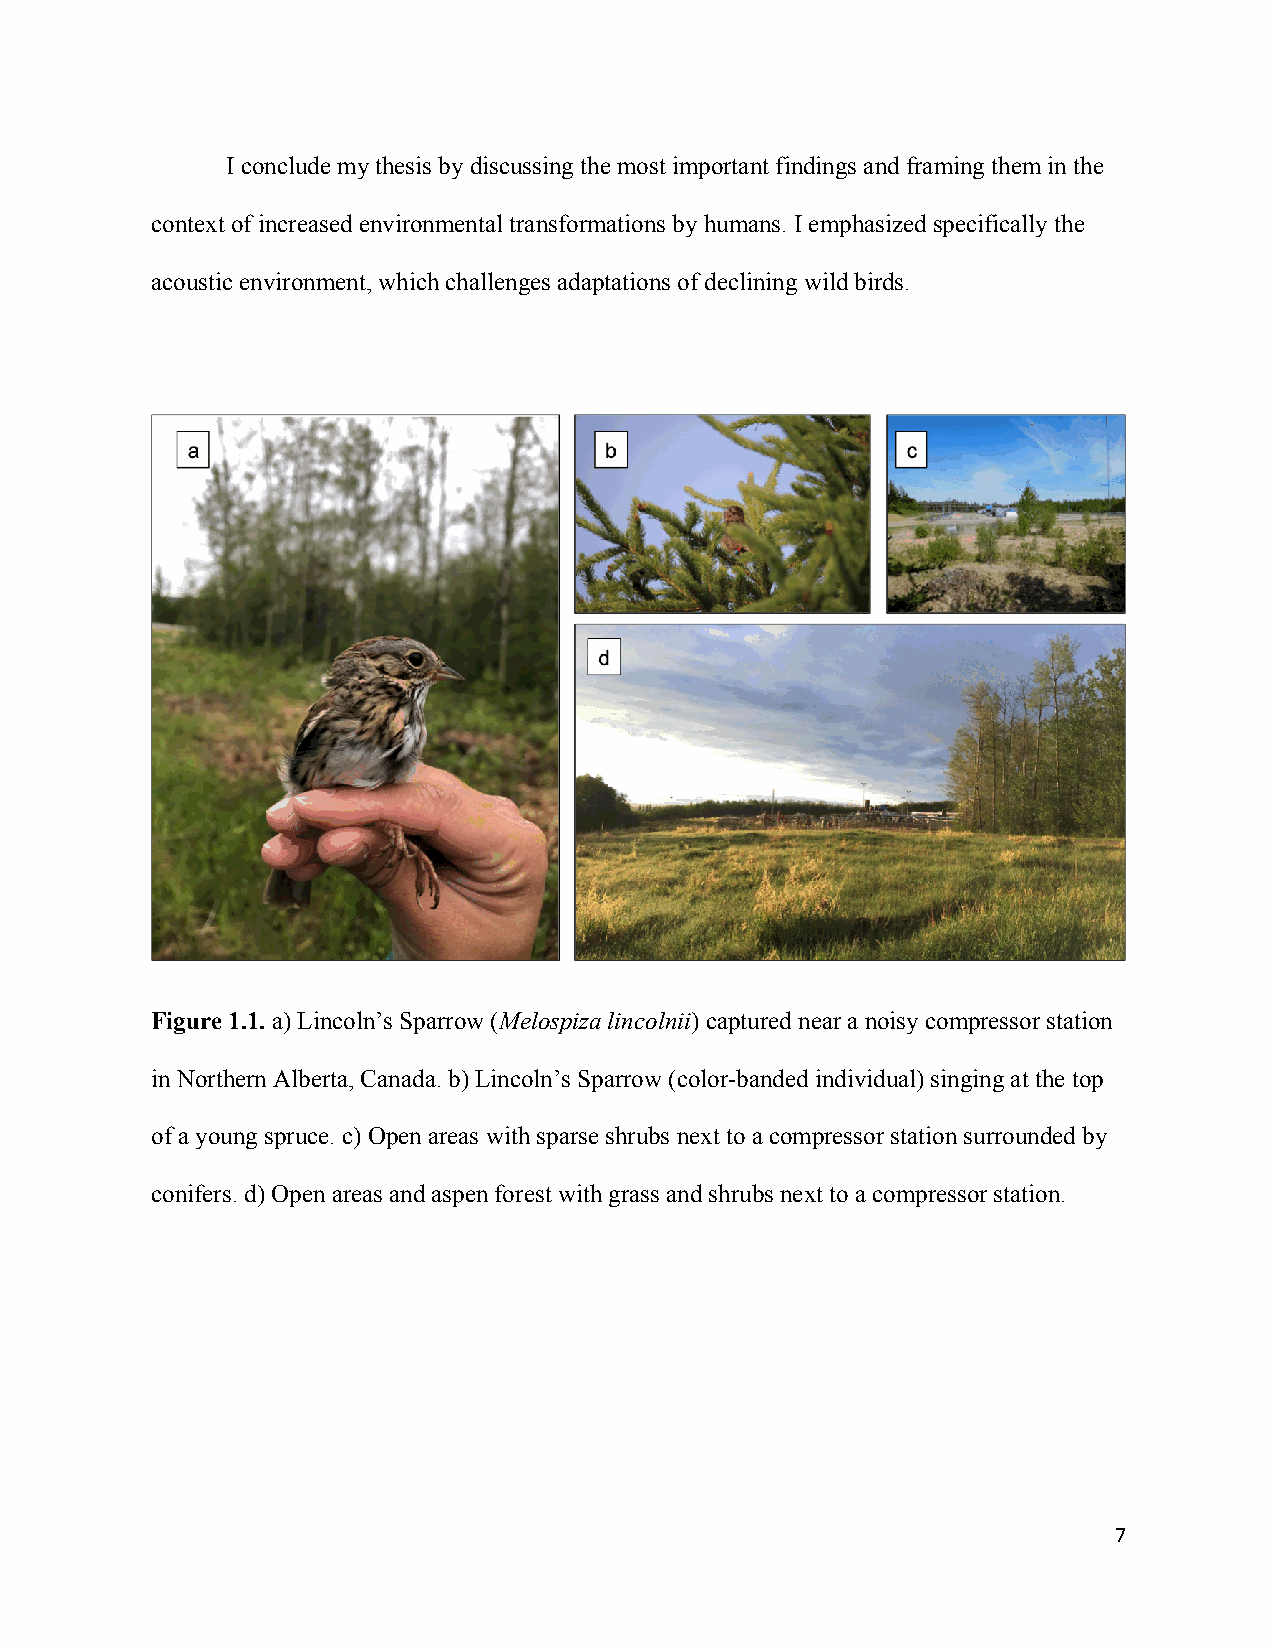
I conclude my thesis by discussing the most important findings and framing them in the
 context of increased environmental transformations by humans. I emphasized specifically the
 acoustic environment, which challenges adaptations of declining wild birds.
 Figure 1.1. a) Lincoln’s Sparrow (Melospiza lincolnii) captured near a noisy compressor station
 in Northern Alberta, Canada. b) Lincoln’s Sparrow (color-banded individual) singing at the top
 of a young spruce. c) Open areas with sparse shrubs next to a compressor station surrounded by
 conifers. d) Open areas and aspen forest with grass and shrubs next to a compressor station.
 7